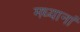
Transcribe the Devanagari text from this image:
मध्यानां